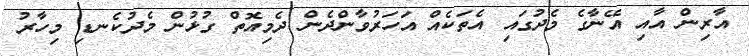
އާރިން އާއި އޭނާގެ މެދުގައި އެތަކެއް އަހަރުވާންދެން ދެމިއޮތް ގުޅުން މެދުކެނޑި މިހާރު